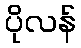
ပိုလန်